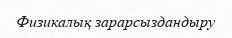
Физикалық зарарсыздандыру